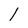
Character: l